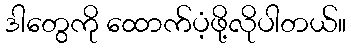
ဒါတွေကို ထောက်ပံ့ဖို့လိုပါတယ်။